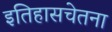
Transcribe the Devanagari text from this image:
इतिहासचेतना